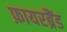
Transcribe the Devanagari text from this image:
फ़ायरब्रैंड